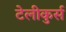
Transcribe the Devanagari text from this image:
टेलीकुर्स